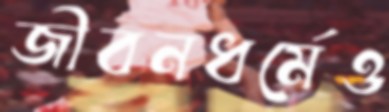
জীবনধর্মেও